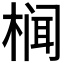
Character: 𮲷